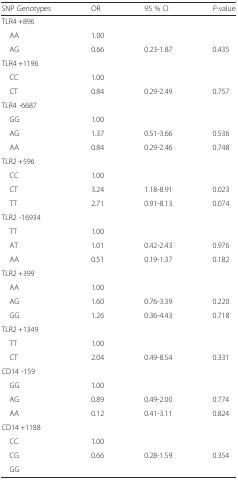
<table><thead><tr><td><b>SNP Genotypes</b></td><td><b>OR</b></td><td><b>95 % CI</b></td><td><b><i>P</i>-value</b></td></tr></thead><tbody><tr><td>TLR4 +896</td><td></td><td></td><td></td></tr><tr><td> AA</td><td>1.00</td><td></td><td></td></tr><tr><td> AG</td><td>0.66</td><td>0.23-1.87</td><td>0.435</td></tr><tr><td>TLR4 +1196</td><td></td><td></td><td></td></tr><tr><td> CC</td><td>1.00</td><td></td><td></td></tr><tr><td> CT</td><td>0.84</td><td>0.29-2.49</td><td>0.757</td></tr><tr><td>TLR4 -6687</td><td></td><td></td><td></td></tr><tr><td> GG</td><td>1.00</td><td></td><td></td></tr><tr><td> AG</td><td>1.37</td><td>0.51-3.66</td><td>0.536</td></tr><tr><td> AA</td><td>0.84</td><td>0.29-2.46</td><td>0.748</td></tr><tr><td>TLR2 +596</td><td></td><td></td><td></td></tr><tr><td> CC</td><td>1.00</td><td></td><td></td></tr><tr><td> CT</td><td>3.24</td><td>1.18-8.91</td><td>0.023</td></tr><tr><td> TT</td><td>2.71</td><td>0.91-8.13</td><td>0.074</td></tr><tr><td>TLR2 -16934</td><td></td><td></td><td></td></tr><tr><td> TT</td><td>1.00</td><td></td><td></td></tr><tr><td> AT</td><td>1.01</td><td>0.42-2.43</td><td>0.976</td></tr><tr><td> AA</td><td>0.51</td><td>0.19-1.37</td><td>0.182</td></tr><tr><td>TLR2 +399</td><td></td><td></td><td></td></tr><tr><td> AA</td><td>1.00</td><td></td><td></td></tr><tr><td> AG</td><td>1.60</td><td>0.76-3.39</td><td>0.220</td></tr><tr><td> GG</td><td>1.26</td><td>0.36-4.43</td><td>0.718</td></tr><tr><td>TLR2 +1349</td><td></td><td></td><td></td></tr><tr><td> TT</td><td>1.00</td><td></td><td></td></tr><tr><td> CT</td><td>2.04</td><td>0.49-8.54</td><td>0.331</td></tr><tr><td>CD14 -159</td><td></td><td></td><td></td></tr><tr><td> GG</td><td>1.00</td><td></td><td></td></tr><tr><td> AG</td><td>0.89</td><td>0.49-2.00</td><td>0.774</td></tr><tr><td> AA</td><td>0.12</td><td>0.41-3.11</td><td>0.824</td></tr><tr><td>CD14 +1188</td><td></td><td></td><td></td></tr><tr><td> CC</td><td>1.00</td><td></td><td></td></tr><tr><td> CG</td><td>0.66</td><td>0.28-1.59</td><td>0.354</td></tr><tr><td> GG</td><td></td><td></td><td></td></tr></tbody></table>